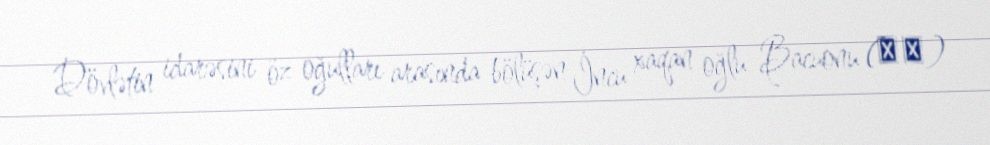
Dövlətin idarəsini öz oğulları arasında bölüşən İncu xaqan oğlu Bacuonu (拔灼)